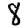
Digit: 8